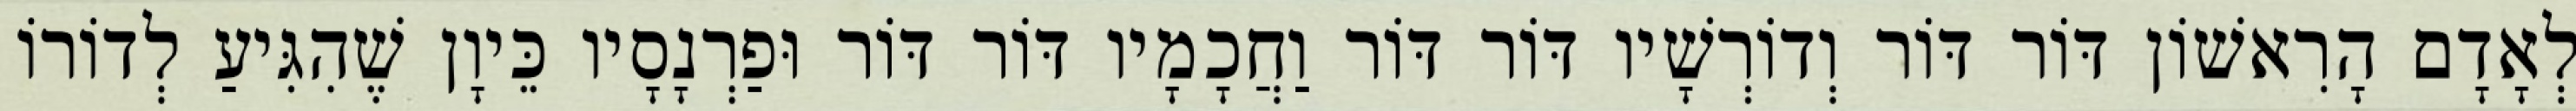
לְאָדָם הָרִאשׁוֹן דּוֹר דּוֹר וְדוֹרְשָׁיו דּוֹר דּוֹר וַחֲכָמָיו דּוֹר דּוֹר וּפַרְנָסָיו כֵּיוָן שֶׁהִגִּיעַ לְדוֹרוֹ